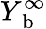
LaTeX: Y_{\mathrm{~b~}}^{\infty}